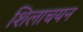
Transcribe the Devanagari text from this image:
शिलाचयन